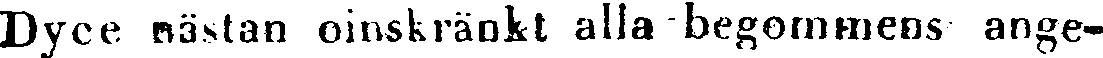
Dyce nästan oinskränkt alla begommens ange-